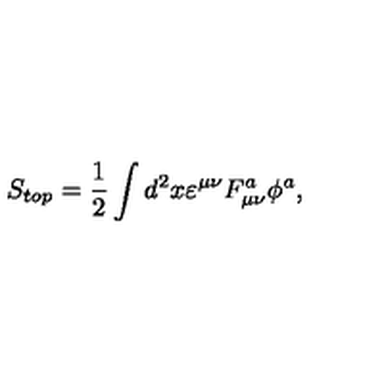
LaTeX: S _ { t o p } = \frac 1 2 \int d ^ { 2 } x \varepsilon ^ { \mu \nu } F _ { \mu \nu } ^ { a } \phi ^ { a } ,